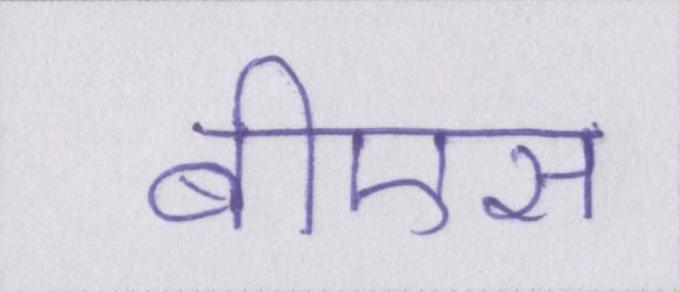
बीएस